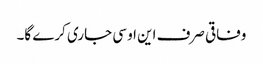
وفاقی صرف این او سی جاری کرے گا۔